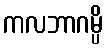
ကလဘာဂမ္ပိ